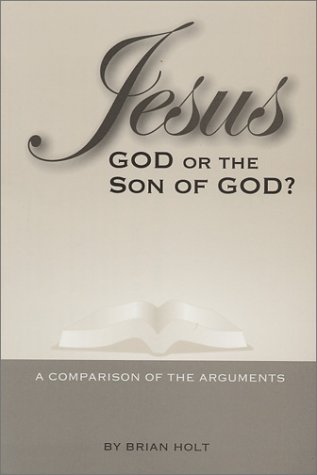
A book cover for Jesus-God or the Son of God? A Comparison of the Arguments; Brian Holt; Christian Books & Bibles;